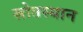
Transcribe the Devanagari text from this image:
स्रोतस्थान